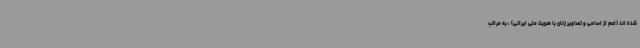
شده اند (اعم از اسامی و تصاویر زنان با هویت ملی ایرانی) ، به مراتب